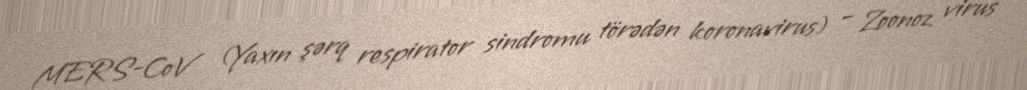
MERS-CoV (Yaxın şərq respirator sindromu törədən koronavirus) – Zoonoz virus